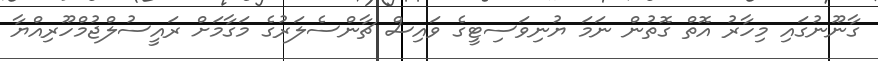
ގާނޫނުގައި މިހާރު އޮތް ގޮތުން ނަމަ ޔުނިވަސިޓީގެ ވައިސް ޗާންސެލަރުގެ މަގާމަށް ރައީސުލްޖުމްހޫރިއްޔާ